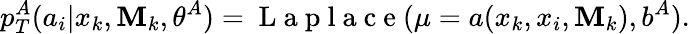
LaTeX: p_{T}^{A}(a_{i}|x_{k},\mathbf{M}_{k},\theta^{A})=\mathrm{{~L~a~p~l~a~c~e~}}(\mu=a(x_{k},x_{i},\mathbf{M}_{k}),b^{A}).